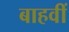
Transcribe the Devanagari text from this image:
बाहवीं